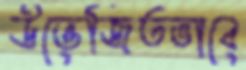
উত্তেজিতভাবে